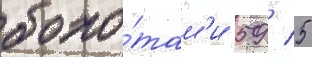
боло́там'и 59 / 5